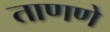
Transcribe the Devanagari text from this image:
ताणणे